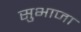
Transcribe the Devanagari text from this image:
सुभाजा